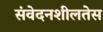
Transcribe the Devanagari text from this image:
संवेदनशीलतेस